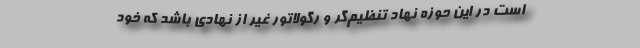
است در این حوزه نهاد تنظیم‌گر و رگولاتور غیر از نهادی باشد که خود